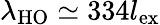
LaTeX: \lambda_{\mathrm{HO}}\simeq 334l_{\mathrm{ex}}